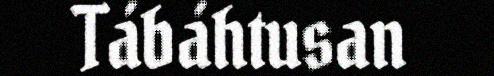
Tábáhtusan